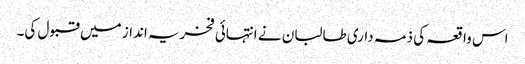
اس واقعہ کی ذمہ داری طالبان نے انتہائی فخریہ انداز میں قبول کی۔